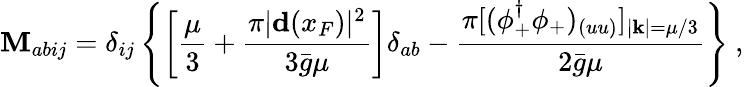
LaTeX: {\cal\mathbf{M}}_{abij}=\delta_{ij}\left\{ \left[\frac{{\mu}}{{3}}+\frac{{\pi|{\mathbf{d}}(x_{F})|^{2}}}{{3{\bar{{g}}}\mu}}\right]\delta_{ab}-\frac{{\pi[(\phi_{+}^{\dagger}\phi_{+})_{(uu)}]_{|{\mathbf{k}}|=\mu/3}}}{{2{\bar{{g}}}\mu}}\right\} \ ,